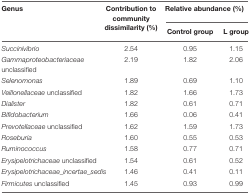
<table><thead><tr><td><b>Genus</b></td><td><b>Contribution to community dissimilarity (%)</b></td><td colspan="2"><b>Relative abundance (%)</b></td></tr><tr><td></td><td></td><td><b>Control group</b></td><td><b>L group</b></td></tr></thead><tbody><tr><td><i>Succinivibrio</i></td><td>2.54</td><td>0.95</td><td>1.15</td></tr><tr><td><i>Gammaproteobacteriaceae</i> unclassified</td><td>2.19</td><td>1.82</td><td>2.06</td></tr><tr><td><i>Selenomonas</i></td><td>1.89</td><td>0.69</td><td>1.10</td></tr><tr><td><i>Veillonellaceae</i> unclassified</td><td>1.82</td><td>1.66</td><td>1.73</td></tr><tr><td><i>Dialister</i></td><td>1.82</td><td>0.61</td><td>0.71</td></tr><tr><td><i>Bifidobacterium</i></td><td>1.66</td><td>0.06</td><td>0.41</td></tr><tr><td><i>Prevotellaceae</i> unclassified</td><td>1.62</td><td>1.59</td><td>1.73</td></tr><tr><td><i>Roseburia</i></td><td>1.60</td><td>0.55</td><td>0.53</td></tr><tr><td><i>Ruminococcus</i></td><td>1.58</td><td>0.77</td><td>0.71</td></tr><tr><td><i>Erysipelotrichaceae</i> unclassified</td><td>1.54</td><td>0.61</td><td>0.52</td></tr><tr><td><i>Erysipelotrichaceae_incertae_sedis</i></td><td>1.46</td><td>0.41</td><td>0.11</td></tr><tr><td><i>Firmicutes</i> unclassified</td><td>1.45</td><td>0.93</td><td>0.99</td></tr></tbody></table>